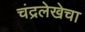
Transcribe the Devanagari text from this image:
चंद्रलेखेचा